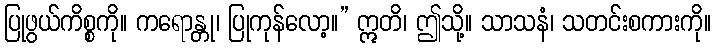
ပြုဖွယ်ကိစ္စကို။ ကရောန္တု၊ ပြုကုန်လော့။” ဣတိ၊ ဤသို့။ သာသနံ၊ သတင်းစကားကို။